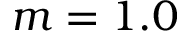
m = 1 . 0